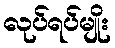
လုပ်ရပ်မျိုး